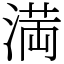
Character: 満